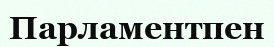
Парламентпен